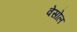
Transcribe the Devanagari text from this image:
वेसोल